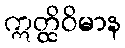
ဣတ္ထိဝိမာန